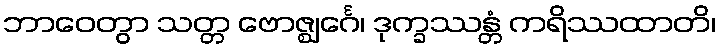
ဘာဝေတွာ သတ္တ ဗောဇ္ဈင်္ဂေ၊ ဒုက္ခဿန္တံ ကရိဿထာတိ၊